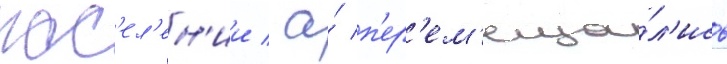
пос'ел'ен'ии / а́ п'ер'ем'еща́л'ись